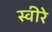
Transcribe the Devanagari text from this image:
स्वीरे